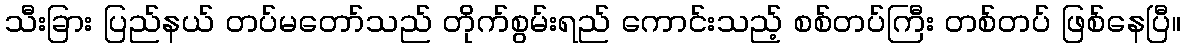
သီးခြား ပြည်နယ် တပ်မတော်သည် တိုက်စွမ်းရည် ကောင်းသည့် စစ်တပ်ကြီး တစ်တပ် ဖြစ်နေပြီ။